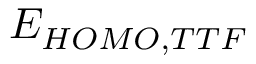
E _ { H O M O , T T F }